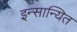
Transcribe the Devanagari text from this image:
इन्सान्यित